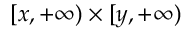
[ x , + \infty ) \times [ y , + \infty )